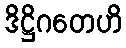
ဒိဋ္ဌိဂတေဟိ